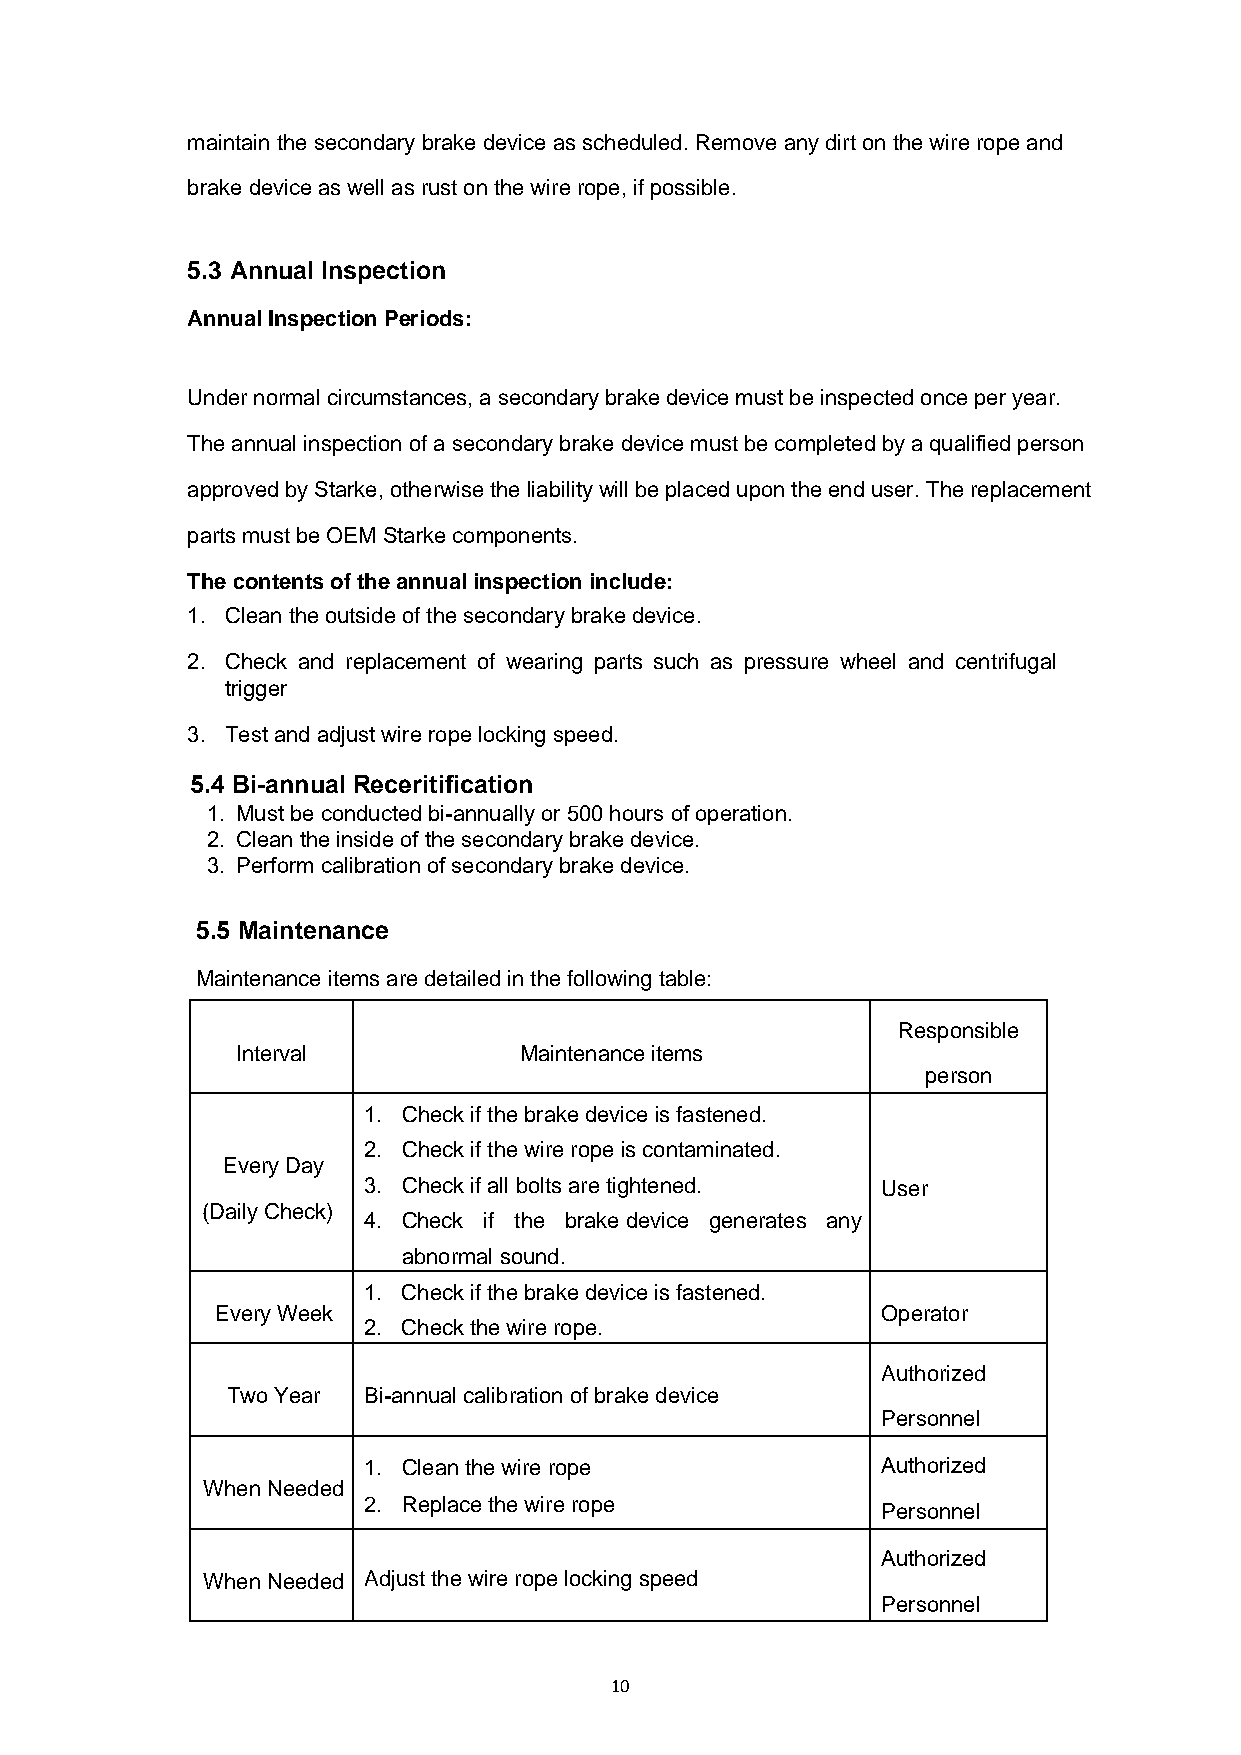
maintain the secondary brake device as scheduled. Remove any dirt on the wire rope and
 brake device as well as rust on the wire rope, if possible.
 5.3 Annual Inspection
 Annual Inspection Periods:
 Under normal circumstances, a secondary brake device must be inspected once per year.
 The annual inspection of a secondary brake device must be completed by a qualified person
 approved by Starke, otherwise the liability will be placed upon the end user. The replacement
 parts must be OEM Starke components.
 The contents of the annual inspection include:
 1. Clean the outside of the secondary brake device.
 2. Check and replacement of wearing parts such as pressure wheel and centrifugal
 trigger
 3. Test and adjust wire rope locking speed.
 5.4 Bi-annual Receritification
 1. Must be conducted bi-annually or 500 hours of operation.
 2. Clean the inside of the secondary brake device.
 3. Perform calibration of secondary brake device.
 5.5 Maintenance
 Maintenance items are detailed in the following table:
 Responsible
 Interval          Maintenance items
 person
 1. Check if the brake device is fastened.
 2. Check if the wire rope is contaminated.
 Every Day
 3. Check if all bolts are tightened. User
 (Daily Check)
 4. Check if the brake device generates any
 abnormal sound.
 1. Check if the brake device is fastened.
 Every Week                                  Operator
 2. Check the wire rope.
 Authorized
 Two Year Bi-annual calibration of brake device
 Personnel
 1. Clean the wire rope            Authorized
 When Needed
 2. Replace the wire rope
 Personnel
 Authorized
 When Needed Adjust the wire rope locking speed
 Personnel
 10